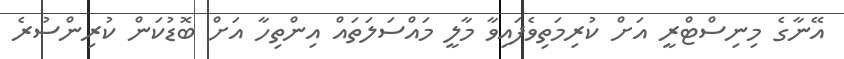
އޭނާގެ މިނިސްޓްރީ އަށް ކުރިމަތިވެފައިވާ މާލީ މައްސަލަތައް އިންތިހާ އަށް ބޮޑުކަން ކުރިންސުރެ